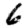
Digit: 6